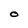
Character: O